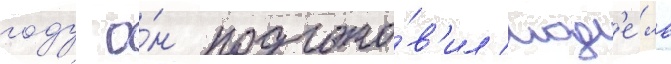
году о́н подгото́в'ил мод'е́ль